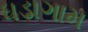
ધડાગામ